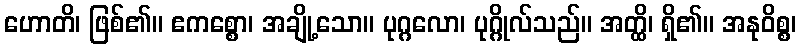
ဟောတိ၊ ဖြစ်၏။ ဧကစ္စော၊ အချို့သော။ ပုဂ္ဂလော၊ ပုဂ္ဂိုလ်သည်။ အတ္ထိ၊ ရှိ၏။ အနုဝိစ္စ၊